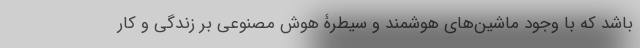
باشد که با وجود ماشین‌های هوشمند و سیطرۀ هوش مصنوعی بر زندگی و کار